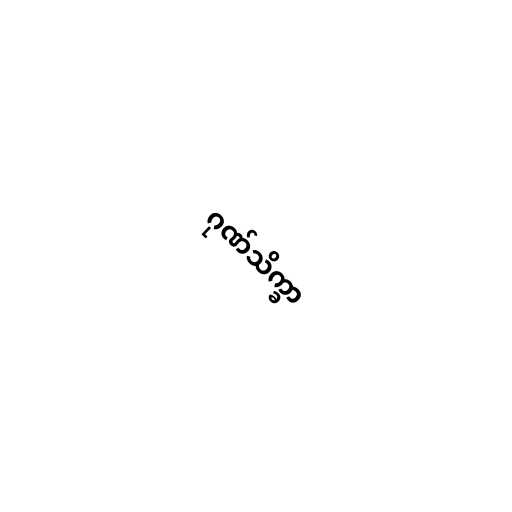
ဂုဏ်သိက္ခာ